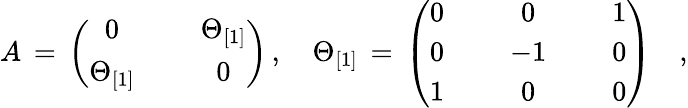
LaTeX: A\, =\, \left(\begin{array}{ccc}{{0}}&{{{\, \, }}}&{{\Theta_{[1]}}}\\ {{\Theta_{[1]}}}&{{{\, \, }}}&{{0}}\end{array}\right)\, ,\quad\Theta_{[1]}\, =\, \left(\begin{array}{ccccc}{{0}}&{{{\, \, }}}&{{0}}&{{{\, \, }}}&{{1}}\\ {{0}}&{{{\, \, }}}&{{-1}}&{{{\, \, }}}&{{0}}\\ {{1}}&{{{\, \, }}}&{{0}}&{{{\, \, }}}&{{0}}\end{array}\right)\quad,